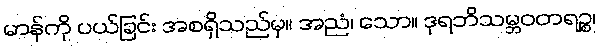
မာန်ကို ပယ်ခြင်း အစရှိသည်မှ။ အညံ၊ သော။ ဒုရဘိသမ္ဘဝတရဉ္စ၊